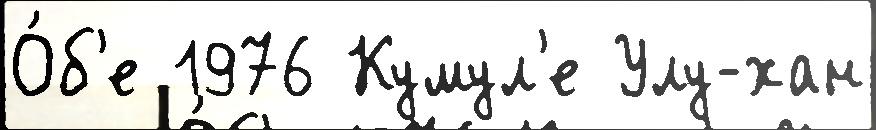
О́б'е 1976 Кумул'е Улу-хан